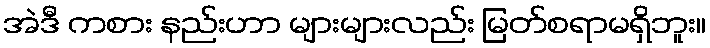
အဲဒီ ကစား နည်းဟာ များများလည်း မြတ်စရာမရှိဘူး။